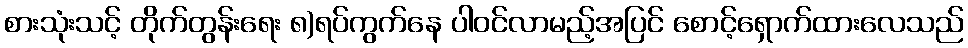
စားသုံးသင့် တိုက်တွန်းရေး ၈)ရပ်ကွက်နေ ပါဝင်လာမည့်အပြင် စောင့်ရှောက်ထားလေသည်